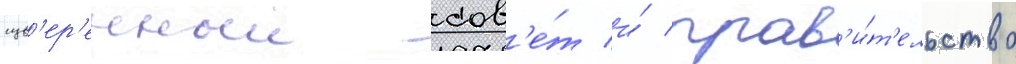
сув'ер'енныи сов'е́т и́ прав'и́т'ельство